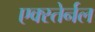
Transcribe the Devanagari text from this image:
एक्स्तेर्नल